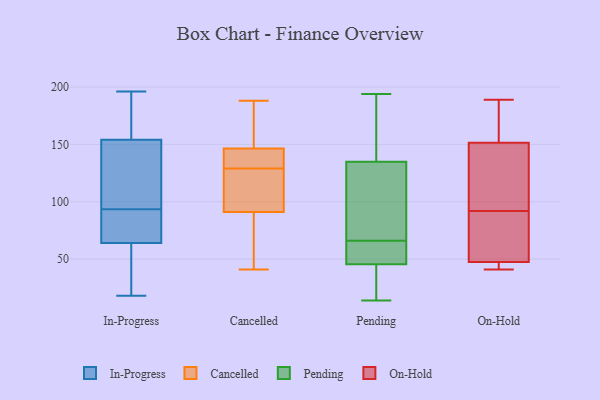
{"axis": {"x": "Tickets Resolved", "y": "Value"}, "legend": ["Cancelled", "In-Progress", "On-Hold", "Pending"], "data": [{"x": "", "y": 172, "type": "In-Progress"}, {"x": "", "y": 115, "type": "In-Progress"}, {"x": "", "y": 168, "type": "In-Progress"}, {"x": "", "y": 196, "type": "In-Progress"}, {"x": "", "y": 81, "type": "In-Progress"}, {"x": "", "y": 85, "type": "In-Progress"}, {"x": "", "y": 108, "type": "In-Progress"}, {"x": "", "y": 77, "type": "In-Progress"}, {"x": "", "y": 51, "type": "In-Progress"}, {"x": "", "y": 28, "type": "In-Progress"}, {"x": "", "y": 45, "type": "In-Progress"}, {"x": "", "y": 157, "type": "In-Progress"}, {"x": "", "y": 18, "type": "In-Progress"}, {"x": "", "y": 102, "type": "In-Progress"}, {"x": "", "y": 83, "type": "In-Progress"}, {"x": "", "y": 154, "type": "In-Progress"}, {"x": "", "y": 64, "type": "In-Progress"}, {"x": "", "y": 136, "type": "In-Progress"}, {"x": "", "y": 90, "type": "Cancelled"}, {"x": "", "y": 188, "type": "Cancelled"}, {"x": "", "y": 129, "type": "Cancelled"}, {"x": "", "y": 125, "type": "Cancelled"}, {"x": "", "y": 139, "type": "Cancelled"}, {"x": "", "y": 41, "type": "Cancelled"}, {"x": "", "y": 131, "type": "Cancelled"}, {"x": "", "y": 155, "type": "Cancelled"}, {"x": "", "y": 149, "type": "Cancelled"}, {"x": "", "y": 87, "type": "Cancelled"}, {"x": "", "y": 94, "type": "Cancelled"}, {"x": "", "y": 47, "type": "Pending"}, {"x": "", "y": 30, "type": "Pending"}, {"x": "", "y": 66, "type": "Pending"}, {"x": "", "y": 41, "type": "Pending"}, {"x": "", "y": 54, "type": "Pending"}, {"x": "", "y": 185, "type": "Pending"}, {"x": "", "y": 191, "type": "Pending"}, {"x": "", "y": 58, "type": "Pending"}, {"x": "", "y": 112, "type": "Pending"}, {"x": "", "y": 14, "type": "Pending"}, {"x": "", "y": 194, "type": "Pending"}, {"x": "", "y": 104, "type": "Pending"}, {"x": "", "y": 118, "type": "Pending"}, {"x": "", "y": 183, "type": "On-Hold"}, {"x": "", "y": 112, "type": "On-Hold"}, {"x": "", "y": 41, "type": "On-Hold"}, {"x": "", "y": 48, "type": "On-Hold"}, {"x": "", "y": 184, "type": "On-Hold"}, {"x": "", "y": 189, "type": "On-Hold"}, {"x": "", "y": 141, "type": "On-Hold"}, {"x": "", "y": 84, "type": "On-Hold"}, {"x": "", "y": 105, "type": "On-Hold"}, {"x": "", "y": 92, "type": "On-Hold"}, {"x": "", "y": 46, "type": "On-Hold"}, {"x": "", "y": 41, "type": "On-Hold"}, {"x": "", "y": 83, "type": "On-Hold"}]}